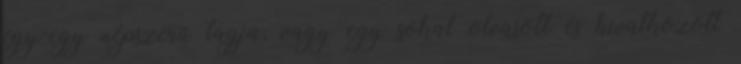
egy-egy népszerű tagja, vagy egy sokat olvasott és hivatkozott